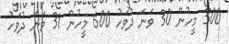
300 މީހުން 30 ވަނަ ދުވަހު 600 މީހުން 31 ވަނަ ދުވަހު